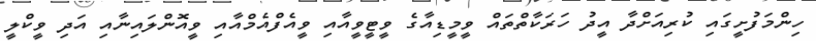
ހިންމަފުށީގައި ކުރިއަށްދާ އީދު ހަރަކާތްތައް ވީމީޑިއާގެ ވީޓީވީއާއި ވީއެފްއެމްއާއި ވީއޮންލައިނާއި އަދި ވީކްލީ